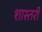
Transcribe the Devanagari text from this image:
शास्तरी